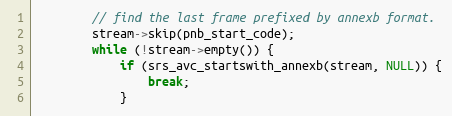
Language: C++
        // find the last frame prefixed by annexb format.
        stream->skip(pnb_start_code);
        while (!stream->empty()) {
            if (srs_avc_startswith_annexb(stream, NULL)) {
                break;
            }